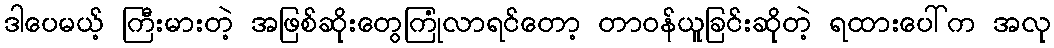
ဒါပေမယ့် ကြီးမားတဲ့ အဖြစ်ဆိုးတွေကြုံလာရင်တော့ တာဝန်ယူခြင်းဆိုတဲ့ ရထားပေါ်က အလု